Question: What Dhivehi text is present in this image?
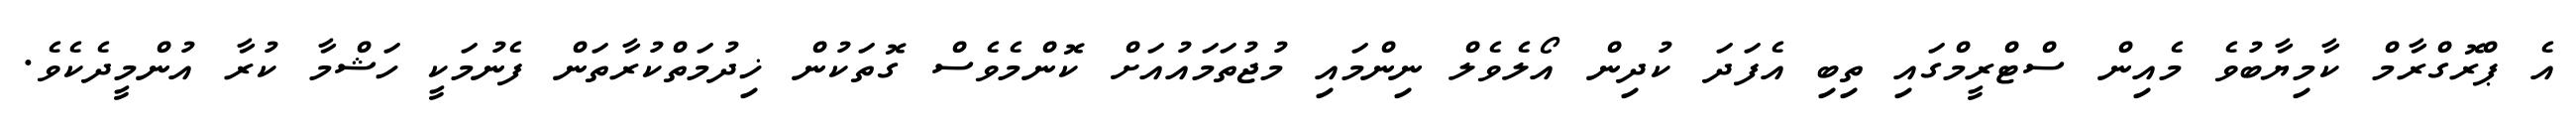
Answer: އެ ޕްރޮގްރާމް ކާމިޔާބުވެ މެއިން ސްޓްރީމްގައި ތިބި އެފަދަ ކުދިން އޯލެވެލް ނިންމައި މުޖުތަމައުއަށް ކޮންމެވެސް ގޮތަކުން ޚިދުމަތްކުރާތަން ފެނުމަކީ ހަޝްމާ ކުރާ އުންމީދެކެވެ.